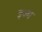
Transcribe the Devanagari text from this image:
इज्म